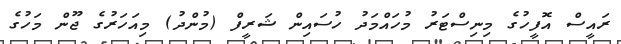
ރައީސް އޮފީހުގެ މިނިސްޓަރު މުހައްމަދު ހުސައިން ޝަރީފް (މުންދު) މިއަހަރުގެ ޖޫން މަހުގެ